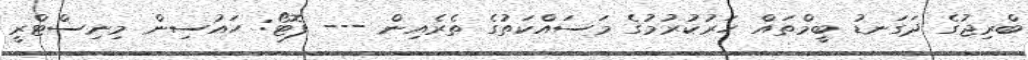
ބްރިޖުގެ ދަގަނޑު ބީމްތައް ހަރުކުރުމުގެ މަސައްކަތުގެ ތެރެއިން --- ފޮޓޯ: ހައުސިން މިނިސްޓްރީ